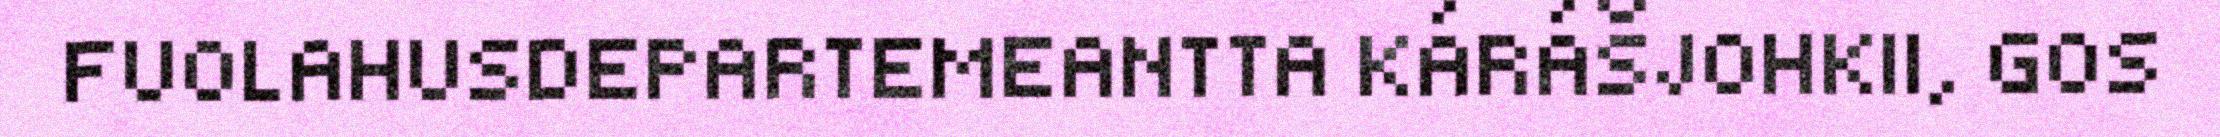
FUOLAHUSDEPARTEMEANTTA KÁRÁŠJOHKII, GOS